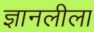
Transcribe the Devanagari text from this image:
ज्ञानलीला